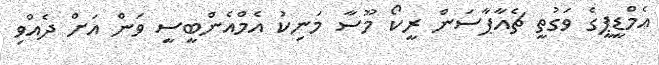
އެމްޑީޕީގެ ވަގުތީ ޗެއާޕާސަން ރީކޯ މޫސާ މަނިކު އެމްއެންބީސީ ވަން އަށް ދެއްވި